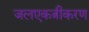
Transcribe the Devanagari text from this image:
जलएकत्रीकरण